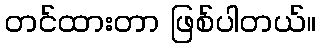
တင်ထားတာ ဖြစ်ပါတယ်။